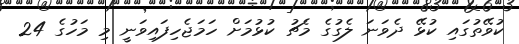
ކުވޭތުގައި ކުޅޭ ދެވަނަ ލެގުގެ މެޗު ކުޅުމަށް ހަމަޖެހިފައިވަނީ މި މަހުގެ 24